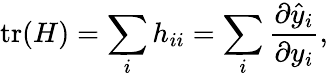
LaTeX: \operatorname{tr}(H)=\sum_{i}h_{ii}=\sum_{i}{\frac{\partial{\hat{y}}_{i}}{\partial y_{i}}},